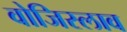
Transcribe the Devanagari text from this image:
वोजिस्लाव